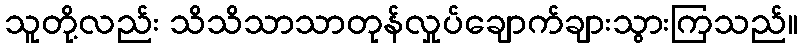
သူတို့လည်း သိသိသာသာတုန်လှုပ်ချောက်ချားသွားကြသည်။